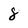
Character: 8